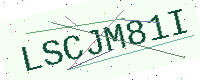
Text: LSCJM81I